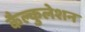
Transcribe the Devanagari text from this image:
कैल्कुलेशन